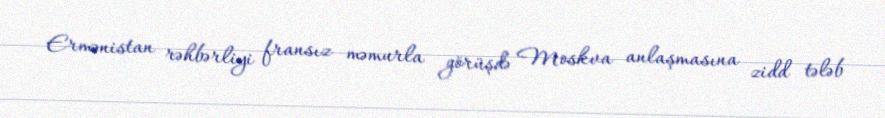
Ermənistan rəhbərliyi fransız məmurla görüşdə Moskva anlaşmasına zidd tələb